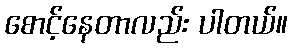
စောင့်နေတာလည်း ပါတယ်။